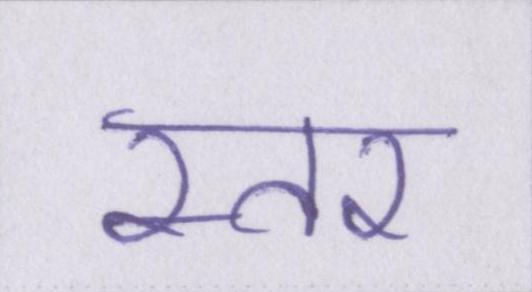
स्तर